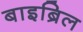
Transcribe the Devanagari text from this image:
बाइब्रिल